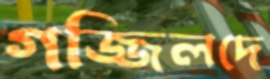
গজ্জিলদে